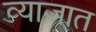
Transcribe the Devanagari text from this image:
व्याजात